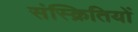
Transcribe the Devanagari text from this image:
संस्क्रितियों